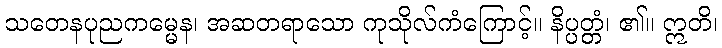
သတေနပုညကမ္မေန၊ အဆတရာသော ကုသိုလ်ကံကြောင့်။ နိပ္ပတ္တံ၊ ၏။ ဣတိ၊